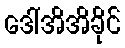
ဒေါ်အိအိခိုင်